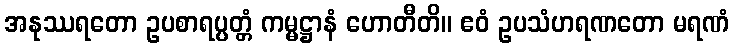
အနုဿရတော ဥပစာရပ္ပတ္တံ ကမ္မဋ္ဌာနံ ဟောတီတိ။ ဧဝံ ဥပသံဟရဏတော မရဏံ